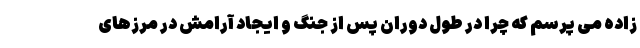
زاده می پرسم که چرا در طول دوران پس از جنگ و ایجاد آرامش در مرزهای